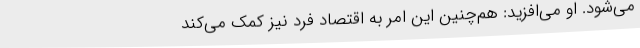
می‌شود. او می‌افزید: هم‌چنین این امر به اقتصاد فرد نیز کمک می‌کند